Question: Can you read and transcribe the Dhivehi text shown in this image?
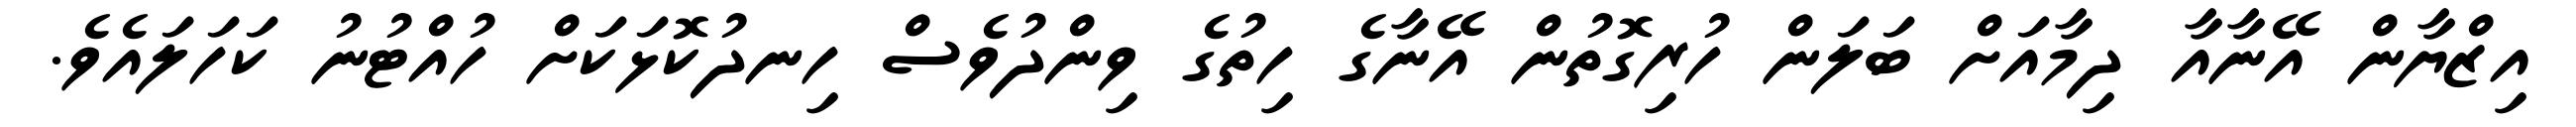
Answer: އިޒްޔާން އޭނާއާ ދިމާއަށް ބަލަން ހުރިގޮތުން އޭނާގެ ހިތުގެ ވިންދުވެސް ހިނދުކޮޅަކަށް ހުއްޓުނު ކަހަލައެވެ.